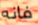
فانه